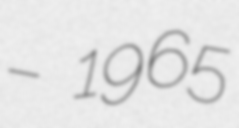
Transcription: – 1965